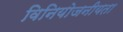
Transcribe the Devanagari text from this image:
विनियोजनीयता